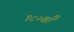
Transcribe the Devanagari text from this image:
१८०वाँ